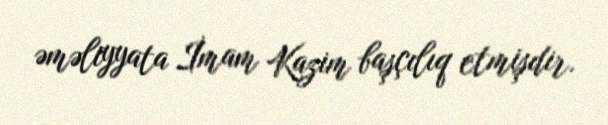
əməliyyata İmam Kazim başçılıq etmişdir.